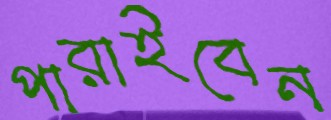
পারাইবেন